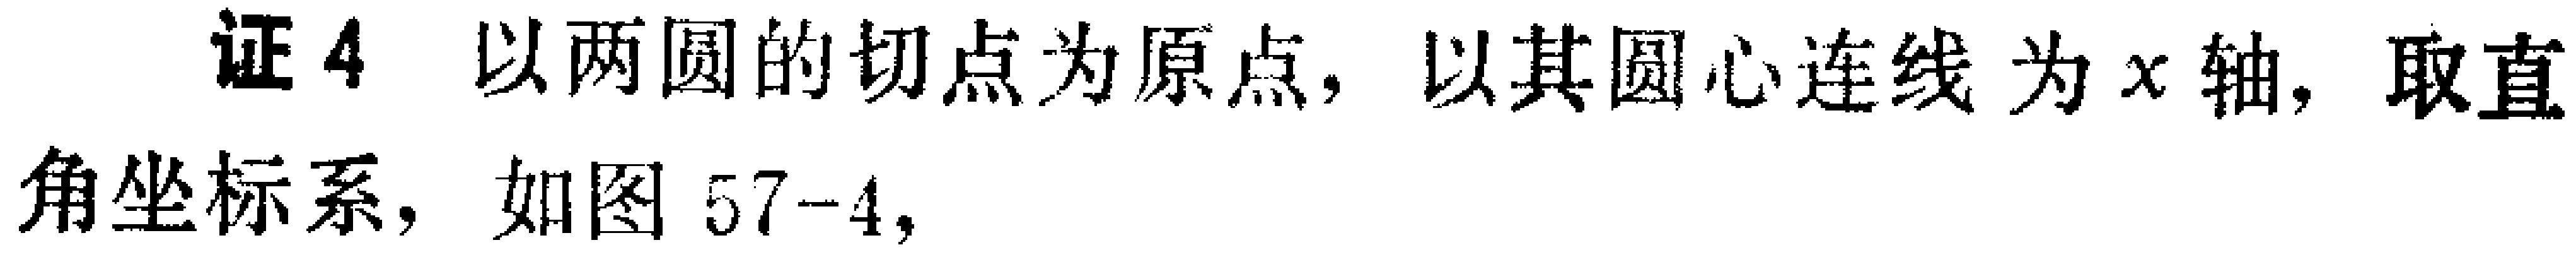
证4，以两圆的切点为原点，以其圆心连线为\(x\)轴，取直角坐标系，如图57 - 4，